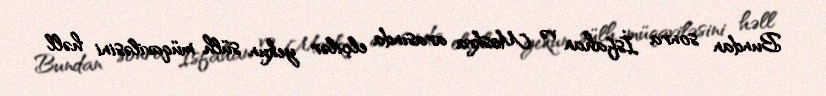
Bundan sonra İsfahan və Moskva arasında elçilər yekun sülh müqaviləsini həll